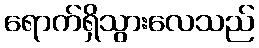
ရောက်ရှိသွားလေသည်